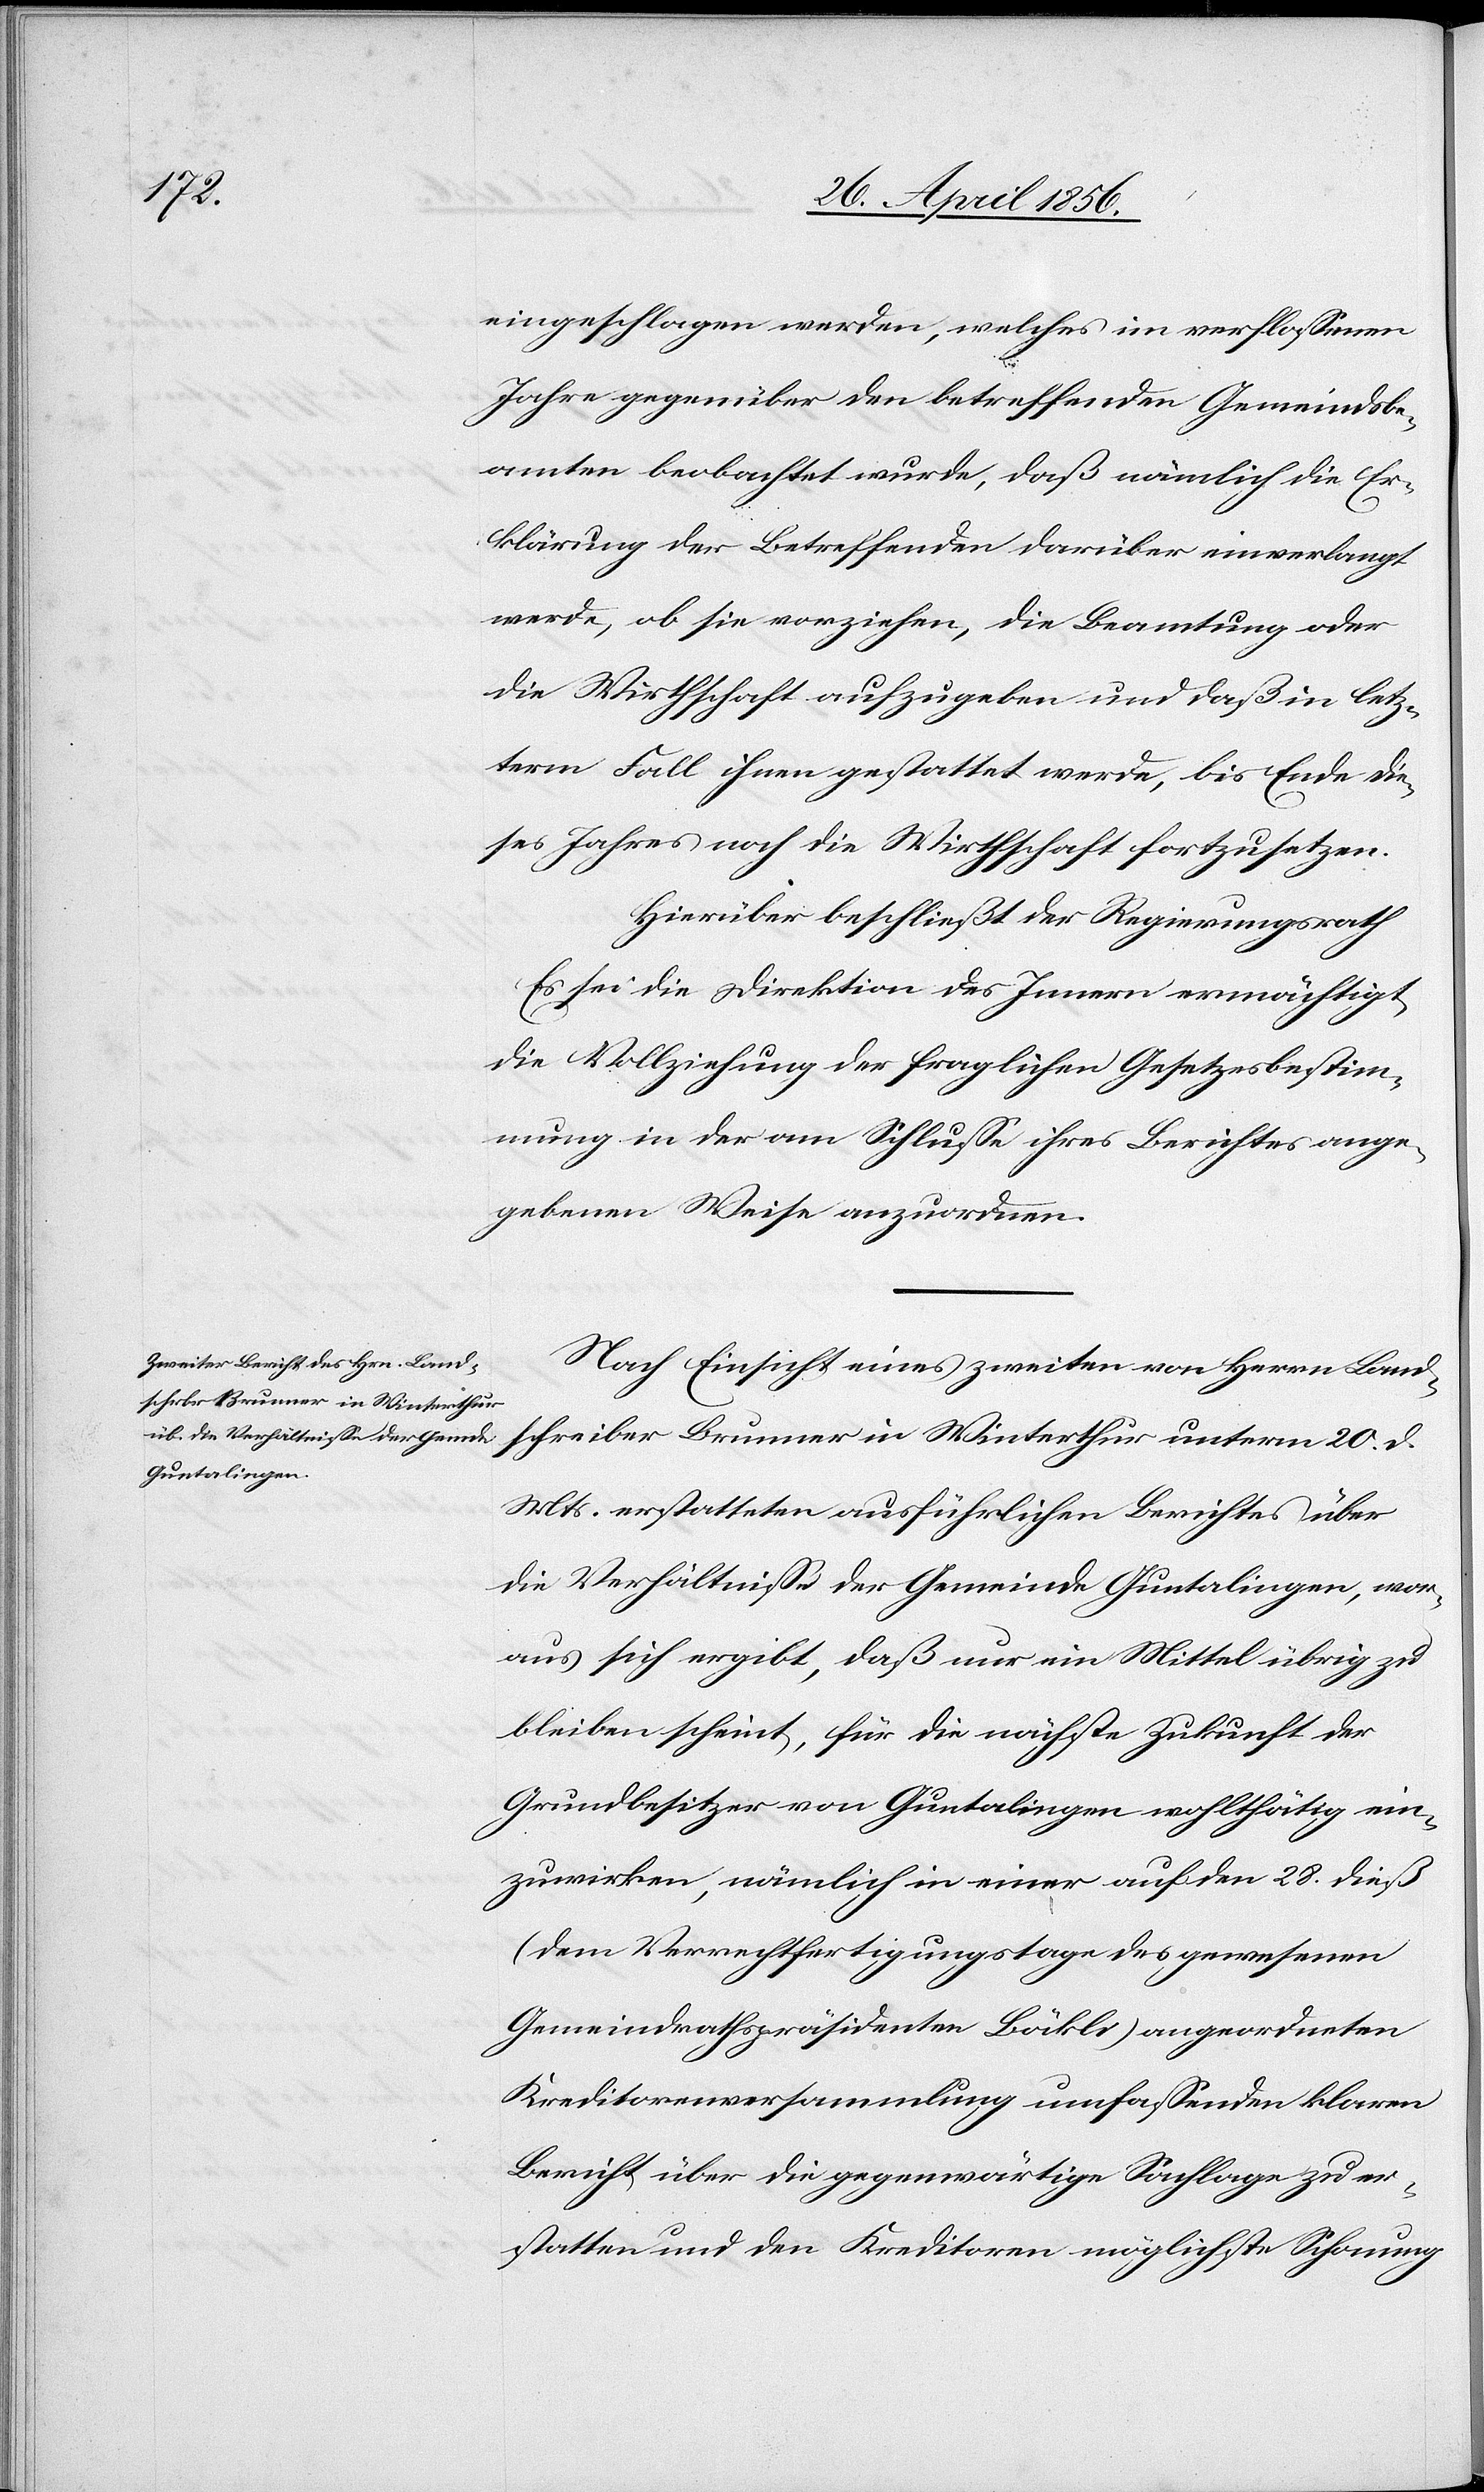
eingeschlagen werden, welches im verflossenen
Jahre gegenüber den betreffenden Gemeindsbe¬
amten beobachtet wurde, daß nämlich die Er¬
klärung der Betreffenden darüber einverlangt
werde, ob sie vorziehen, die Beamtung oder
die Wirthschaft aufzugeben und daß in letz¬
term Fall ihnen gestattet werde, bis Ende die¬
ses Jahres noch die Wirthschaft fortzusetzen.
Hierüber beschließt der Regierungsrath[:]
Es sei die Direktion des Innern ermächtigt,
die Vollziehung der fraglichen Gesetzesbestim¬
mung in der am Schlusse ihres Berichtes ange¬
gebenen Weise anzuordnen.
Nach Einsicht eines zweiten von Herrn Land¬
schreiber Brunner in Winterthur unterm 20. d.
Mts erstatteten ausführlichen Berichtes über
die Verhältnisse der Gemeinde Guntalingen, wor¬
aus sich ergibt, daß nur ein Mittel übrig zu
bleiben scheint, für die nächste Zukunft der
Grundbesitzer von Guntalingen wohlthätig ein¬
zuwirken, nämlich in einer auf den 28. dieß
(dem Verrechtfertigungstage des gewesenen
Gemeindrathspräsidenten Böckli) angeordneten
Kreditorenversammlung umfassenden klaren
Bericht über die gegenwärtige Sachlage zu er¬
statten und den Kreditoren möglichste Schonung